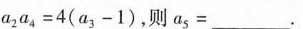
$$a _ { 2 } a _ { 4 } = 4 ( a _ { 3 } - 1 )$$，则a_{5}=。